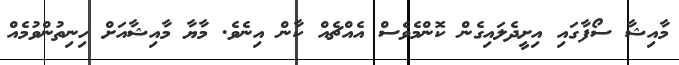
މާއިޝާ ސޯފާގައި އިށީދެލައިގެން ކޮންމެވެސް އެއްޗެއް ކާން އިނެވެ. މާޔާ މާއިޝާއަށް ހިނިތުންވުމެއް